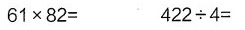
$ $61\times82=$ $ $ $ 422\div4=$ $